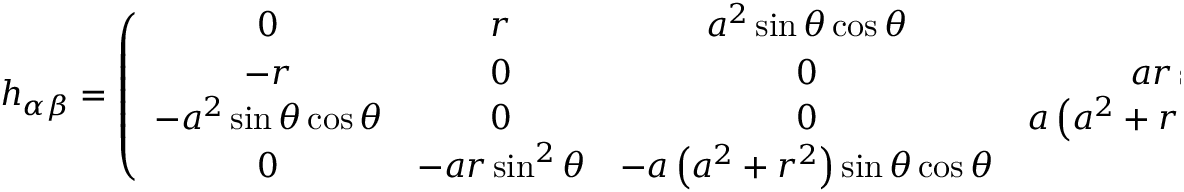
h _ { \alpha \beta } = \left( \begin{array} { c c c c } { 0 } & { r } & { a ^ { 2 } \sin \theta \cos \theta } & { 0 } \\ { - r } & { 0 } & { 0 } & { a r \sin ^ { 2 } \theta } \\ { - a ^ { 2 } \sin \theta \cos \theta } & { 0 } & { 0 } & { a \left( a ^ { 2 } + r ^ { 2 } \right) \sin \theta \cos \theta } \\ { 0 } & { - a r \sin ^ { 2 } \theta } & { - a \left( a ^ { 2 } + r ^ { 2 } \right) \sin \theta \cos \theta } & { 0 } \end{array} \right) ,